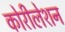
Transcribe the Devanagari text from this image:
कोरीलेशन